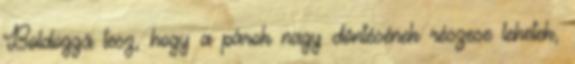
Boldoggá tesz, hogy a párok nagy döntésének részese lehetek,